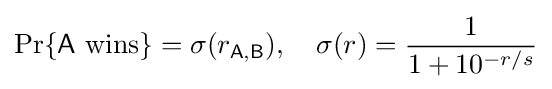
\Pr\{{\mathsf {A}}~{\textrm {wins}}\}=\sigma (r_{\mathsf {A,B}}),\quad \sigma (r)={\frac {1}{1+10^{-r/s}}}